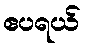
ဧပရယ်